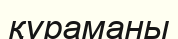
құраманы